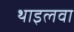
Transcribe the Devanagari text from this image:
थाइलवा